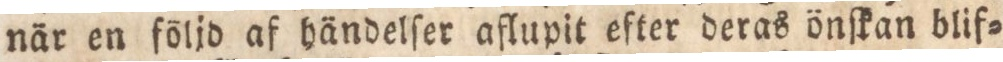
när en följd af händelſer aflupit efter deras önſkan blif=